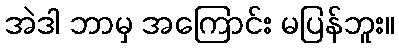
အဲဒါ ဘာမှ အကြောင်း မပြန်ဘူး။